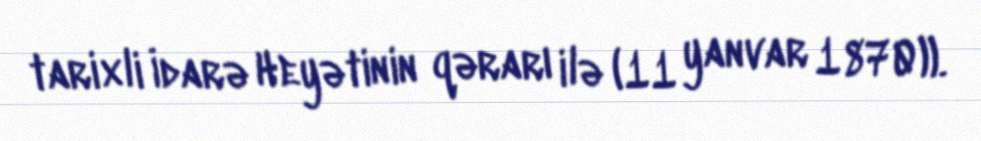
tarixli İdarə Heyətinin qərarı ilə (11 yanvar 1870)).